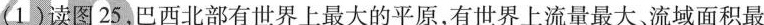
1)读图25，巴西北部有世界上最大的平原，有世界上流量最大流域面积最